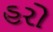
હરો